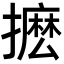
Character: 𭢮